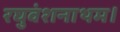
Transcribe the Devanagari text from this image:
रघुवंशनाथम।